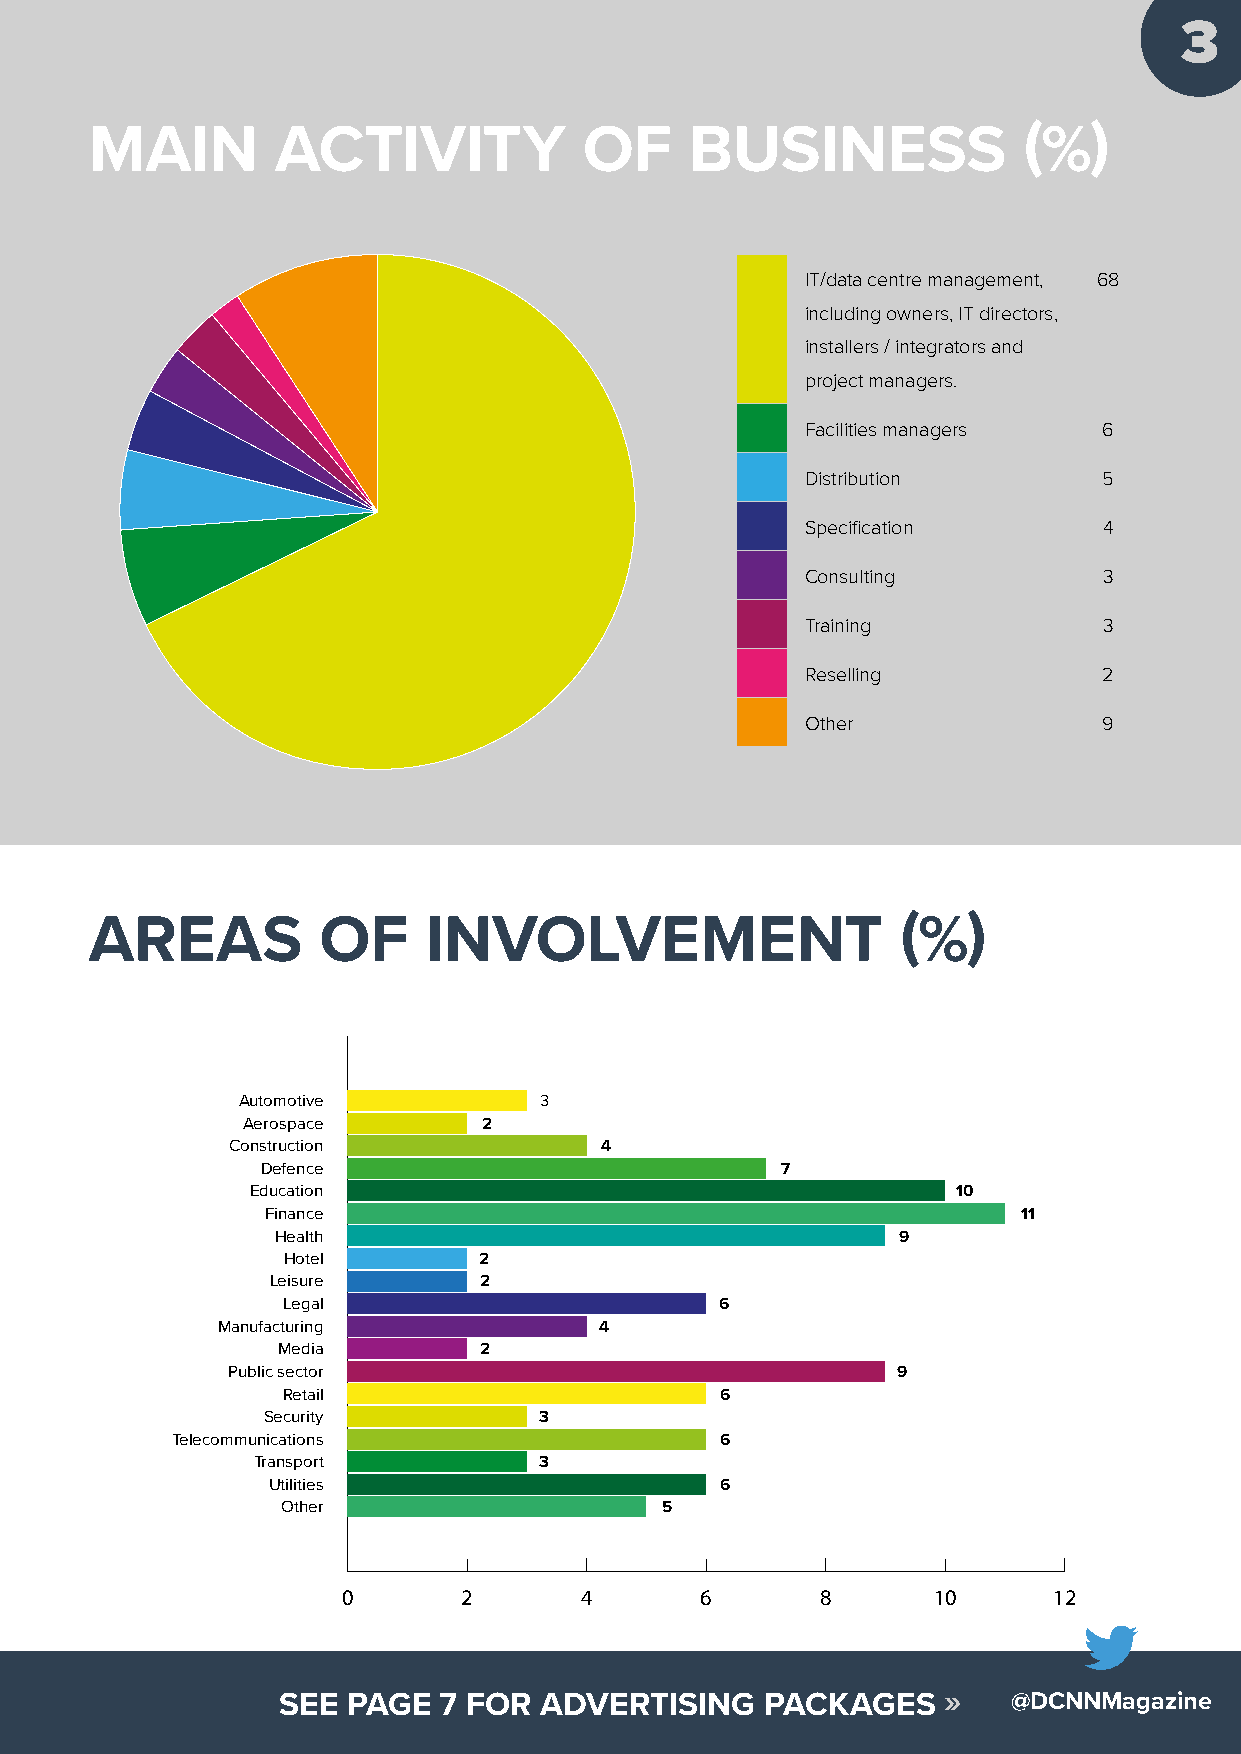
3
 MAIN        ACTIVITY             OF     BUSINESS              (%)
 IT/data centre management, 68
 including owners, IT directors,
 installers / integrators and
 project managers.
 Facilities managers 6
 Distribution        5
 Specification       4
 Consulting          3
 Training            3
 Reselling           2
 Other               9
 0        20        40        60       80       100
 AREAS          OF     INVOLVEMENT                     (%)
 Automotive          3
 Aerospace       2
 Construction             4
 Defence                            7
 Education                                     10
 Finance                                           11
 Health                                    9
 Hotel        2
 Leisure       2
 Legal                        6
 Manufacturing             4
 Media         2
 Public sector                               9
 Retail                       6
 Security           3
 Telecommunications                   6
 Transport          3
 Utilities                     6
 Other                    5
 0       2      4       6       8       10      12
 SEE  PAGE  7 FOR  ADVERTISING    PACKAGES   »    @DCNNMagazine